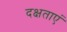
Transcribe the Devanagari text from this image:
दक्षताएं